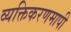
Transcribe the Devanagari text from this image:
व्यक्तिकरणमापी